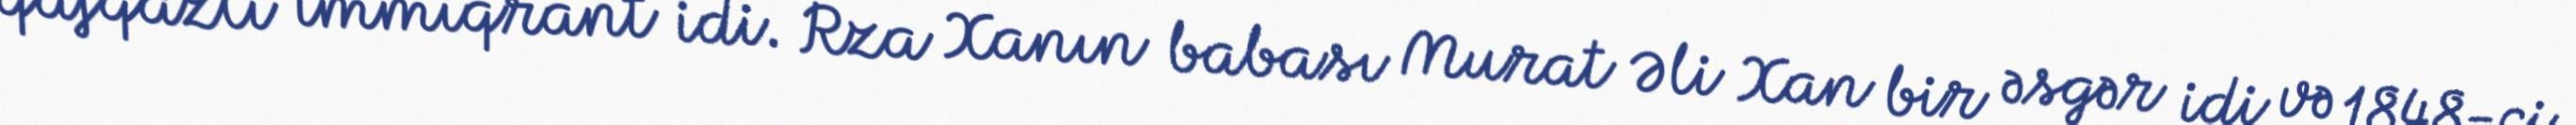
qafqazlı immiqrant idi. Rza Xanın babası Murat Əli Xan bir əsgər idi və 1848-ci